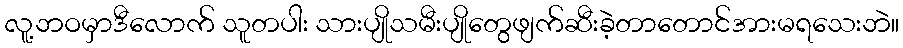
လူ့ဘဝမှာဒီလောက် သူတပါး သားပျိုသမီးပျိုတွေဖျက်ဆီးခဲ့တာတောင်အားမရသေးဘဲ။